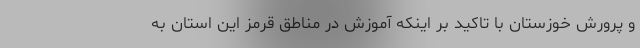
و پرورش خوزستان با تاکید بر اینکه آموزش در مناطق قرمز این استان به